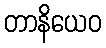
တာနိယေဝ